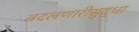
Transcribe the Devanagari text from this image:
बदलणारीसुद्धा